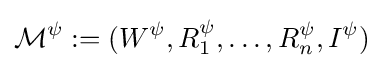
{\mathcal {M}}^{\psi }:=(W^{\psi },R_{1}^{\psi },\ldots ,R_{n}^{\psi },I^{\psi })